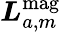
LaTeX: \boldsymbol{L}_{a,m}^{\mathrm{mag}}